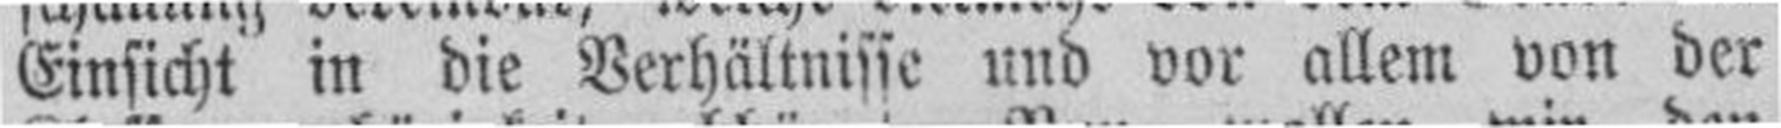
Einsicht in die Verhältnisse und vor allem von der